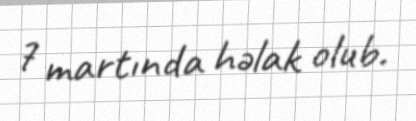
7 martında həlak olub.